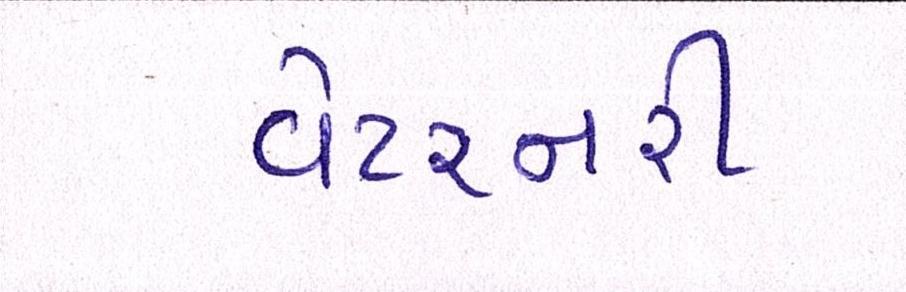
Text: વેટરનરી